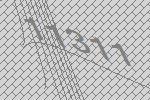
11311